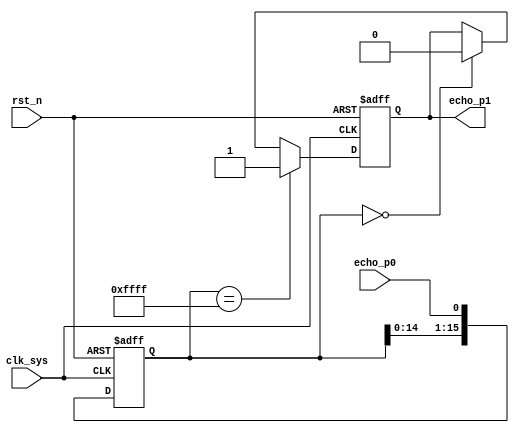
//echo_handle.v

module echo_handle(
echo_p0,
echo_p1,
clk_sys,
rst_n
);
input		echo_p0;
output	echo_p1;
input		clk_sys;
input		rst_n;
//-----------------------------------
//-----------------------------------

reg [15:0] echo_reg;
always @ (posedge clk_sys or negedge rst_n)	begin
	if(~rst_n)
		echo_reg <= 16'h0;
	else 
		echo_reg <= {echo_reg[14:0],echo_p0};
end

reg echo_p1;
always @(posedge clk_sys or negedge rst_n)	begin
	if(~rst_n)
		echo_p1 <= 1'b0;
	else 
		echo_p1 <= 	(echo_reg == 16'hffff) ? 1'b1 :
								(echo_reg == 16'h0) ? 1'b0 : echo_p1;
end


endmodule